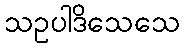
သဥပါဒိသေသေ